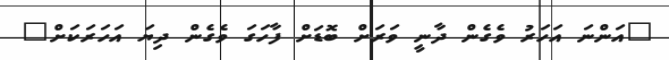
"އަންނަ އަހަރު ވެގެން ދާނީ ވަރަށް ބޮޑަށް ފާހަގަ ވެގެން ދިޔަ އަހަރަކަށް"